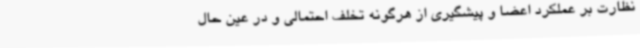
نظارت بر عملکرد اعضا و پیشگیری از هرگونه تخلف احتمالی و در عین حال